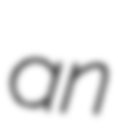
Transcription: an